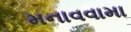
મનાવવામા